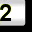
Digit: 2